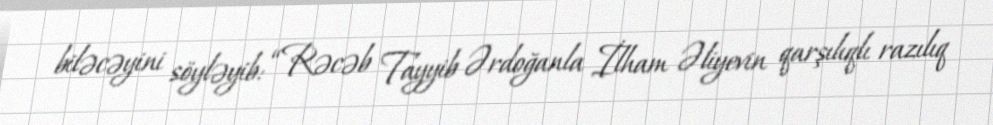
biləcəyini söyləyib: “Rəcəb Tayyib Ərdoğanla İlham Əliyevin qarşılıqlı razılıq